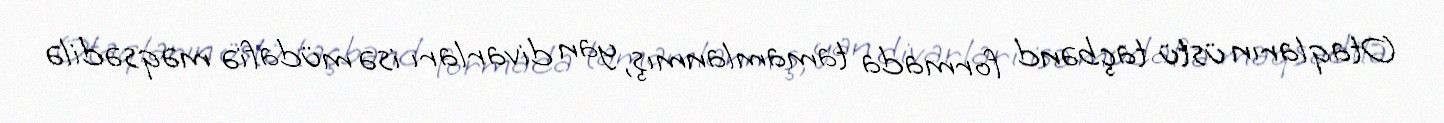
Otaqların üstü taçbənd formada tamamlanmış, yan divarları isə müdafiə məqsədilə